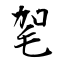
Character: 毠